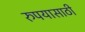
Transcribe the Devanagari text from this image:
रुपयासाठी